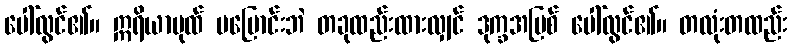
ပေါ်လွင်၏။ ဣရိယာပုထ် မပြောင်းဘဲ တခုထည်းထားလျှင် ဒုက္ခအပြစ် ပေါ်လွင်၏။ တလုံးတထည်း